system: You are a helpful assistant.
user:
Analyze the provided spectrum to determine if it is a **M-type Giant (gM)**.

A M-type Giant spectrum is defined by its **strong molecular absorption** features, particularly from **Titanium Oxide (TiO)**. You must check for one of the following mutually exclusive signatures:

- **Key Visual Indicators (Absorption-Dominated Spectrum):**

    - **(Primary):** The spectrum is dominated by strong molecular absorption from **Titanium Oxide (TiO)**. This is the **defining feature** of its M-type temperature class.
        - **(Key Bandheads):** Look for sharp, "saw-tooth" absorption valleys. The strongest are located near **~7050 Å**, **~6160 Å**, and **~5170 Å**.
        - **(Line Profile):** The "saw-tooth" morphology is critical: a **sharp, steep drop on the BLUE (short-wavelength) side** of the bandhead, followed by a gradual recovery (rising flux) towards the RED (long-wavelength) side.

    - **(Key Confirmation - Giant vs. Dwarf):** **ABSENCE** of strong **Calcium Hydride (CaH)** molecular bands. This is the primary diagnostic for *excluding* M-dwarfs.
        - **(Key Region):** The spectrum should lack the strong, broad absorption band seen in dwarfs between **~6800 Å and ~7000 Å**.

    - **(Secondary Confirmation - Giant):** A very strong and broad **Neutral Calcium (Ca I)** atomic absorption line.
        - **(Key Line):** Located at **~4226 Å**. In a giant (gM), this line is significantly deeper and broader than the same line in an M-dwarf (dM) due to low surface gravity.

    - **(Overall Spectrum):**
        - The continuum is **extremely red-sloping** (i.e., flux is very low in the blue and rises dramatically towards the red).
        - The entire spectrum appears "chopped up" by the deep TiO bands.

Think first, call **spectral_visualization_tool** if needed to examine features in detail, then provide your final answer. Your response must adhere to the following strict rules:
1.  **Overall Structure:** Your response must follow the format `<think>...</think> <tool_call>...</tool_call> (if a tool is used) <answer>...</answer>`.
2.  **Tool Usage Constraint:** You may only make **one** tool call per turn.
3.  **Final Answer Format:** In the `<answer>` tag, your conclusion must be inside a `\boxed{}` command (e.g., `\boxed{YES}` or `\boxed{NO}`), followed by your justification.

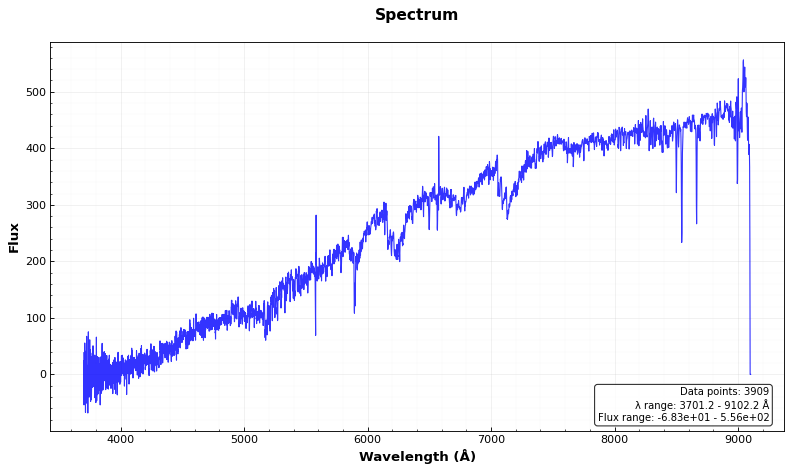
Answer: YES